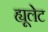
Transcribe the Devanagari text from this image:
ह्यूलेट